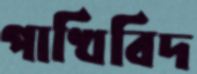
পাখিবিদ